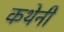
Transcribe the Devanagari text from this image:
कथेनी